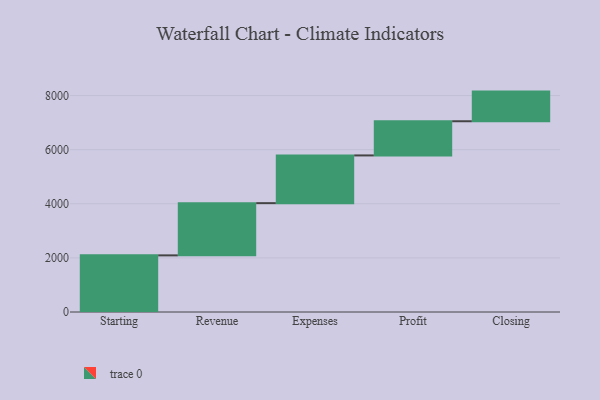
{"axis": {"x": "Step", "y": "Value"}, "legend": [""], "data": [{"x": "Starting", "y": 2093.0, "type": ""}, {"x": "Revenue", "y": 1930.0, "type": ""}, {"x": "Expenses", "y": 1764.0, "type": ""}, {"x": "Profit", "y": 1263.0, "type": ""}, {"x": "Closing", "y": 1096.0, "type": ""}]}